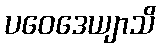
ပဝေဒေယျာသိ